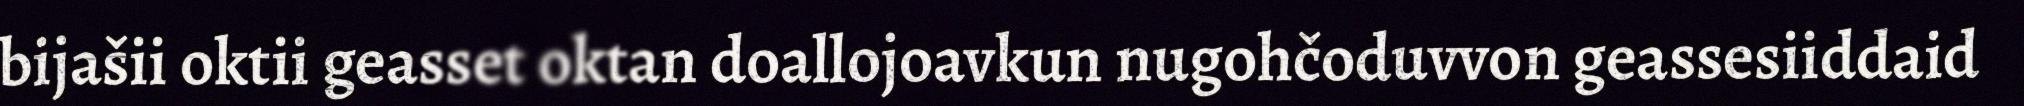
bijašii oktii geasset oktan doallojoavkun nugohčoduvvon geassesiiddaid